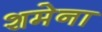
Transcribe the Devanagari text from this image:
शमेना